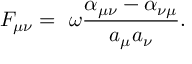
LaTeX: F _ { \mu \nu } = \ \omega \frac { \alpha _ { \mu \nu } - \alpha _ { \nu \mu } } { a _ { \mu } a _ { \nu } } .